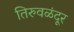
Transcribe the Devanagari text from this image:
तिरुवळंदूर